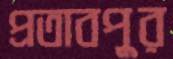
প্রতাবপুর